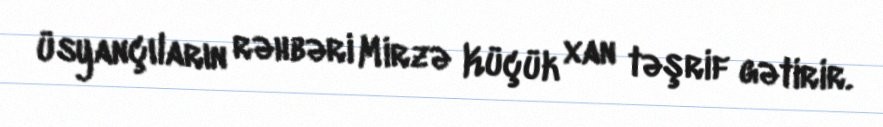
üsyançıların rəhbəri Mirzə Küçük xan təşrif gətirir.